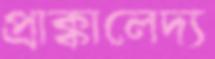
প্রাক্কালেদ্য